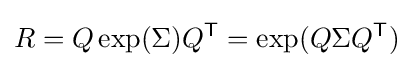
R=Q\exp(\Sigma )Q^{\textsf {T}}=\exp(Q\Sigma Q^{\textsf {T}})